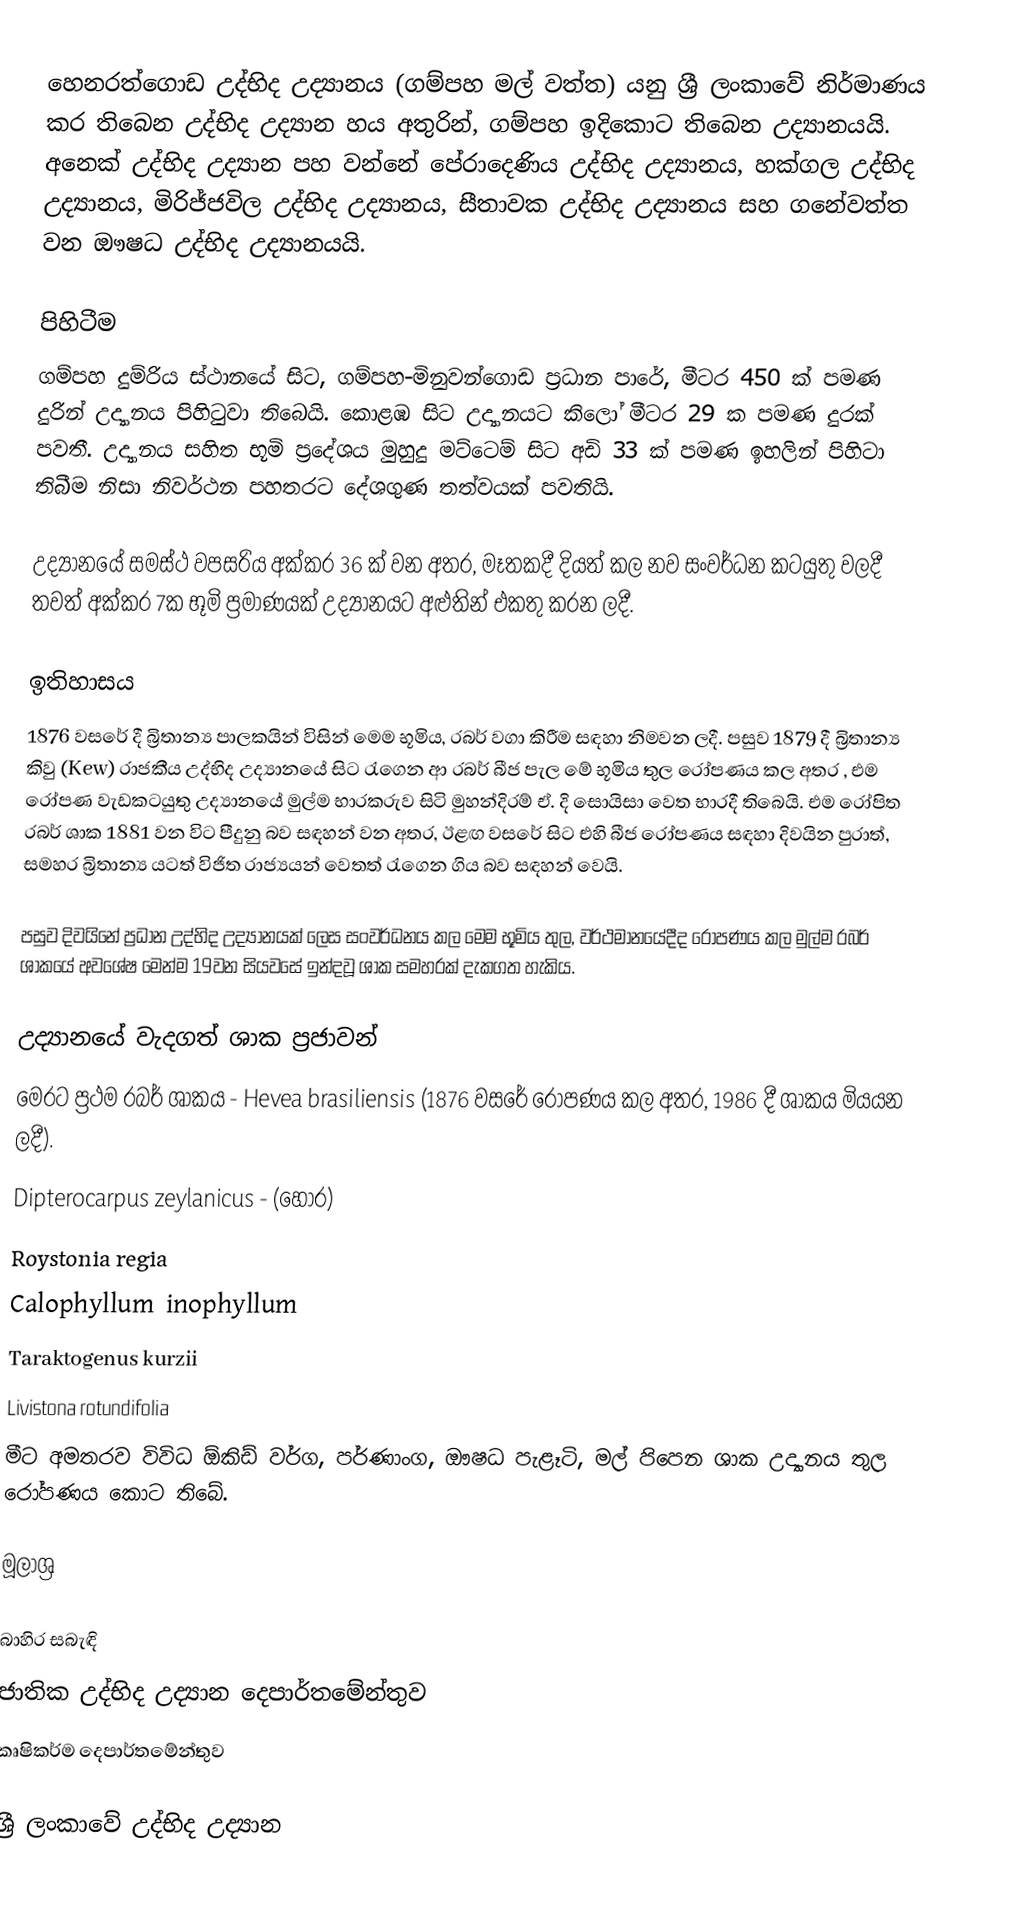
හෙනරත්ගොඩ උද්භිද උද්‍යානය (ගම්පහ මල් වත්ත) යනු ශ්‍රී ලංකාවේ නිර්මාණය කර තිබෙන උද්භිද උද්‍යාන හය අතුරින්, ගම්පහ ඉදිකොට තිබෙන උද්‍යානයයි. අනෙක් උද්භිද උද්‍යාන පහ වන්නේ පේරාදෙණිය උද්භිද උද්‍යානය, හක්ගල උද්භිද උද්‍යානය, මිරිජ්ජවිල උද්භිද උද්‍යානය, සීතාවක උද්භිද උද්‍යානය සහ ගනේවත්ත වන ඖෂධ උද්භිද උද්‍යානයයි.

පිහිටීම
ගම්පහ දුම්රිය ස්ථානයේ සිට, ගම්පහ-මිනුවන්ගොඩ ප්‍රධාන පාරේ, මීටර 450 ක් පමණ දුරින් උද්‍යානය පිහිටුවා තිබෙයි. කොළඹ සිට උද්‍යානයට කිලෝ මීටර 29 ක පමණ දුරක් පවතී. උද්‍යානය සහිත භූමි ප්‍රදේශය මුහුදු මට්ටෙම් සිට අඩි 33 ක් පමණ ඉහලින් පිහිටා තිබීම නිසා නිවර්ථන පහතරට දේශගුණ තත්වයක් පවතියි.

උද්‍යානයේ සමස්ථ වපසරිය අක්කර 36 ක් වන අතර, මෑතකදී දියත් කල නව සංවර්ධන කටයුතු වලදී තවත් අක්කර 7ක භූමි ප්‍රමාණයක් උද්‍යානයට අළුතින් එකතු කරන ලදී.

ඉතිහාසය
1876 වසරේ දී බ්‍රිතාන්‍ය පාලකයින් විසින් මෙම භූමිය, රබර් වගා කිරීම සඳහා නිමවන ලදී. පසුව 1879 දී බ්‍රිතාන්‍ය කිවු (Kew) රාජකීය උද්භිද උද්‍යානයේ සිට රැගෙන ආ රබර් බීජ පැල මේ භූමිය තුල රෝපණය කල අතර , එම රෝපණ වැඩකටයුතු උද්‍යානයේ මුල්ම භාරකරුව සිටි මුහන්දිරම් ඒ. දි සොයිසා වෙත භාරදී තිබෙයි. එම රෝපිත රබර් ශාක 1881 වන විට පීදුනු බව සඳහන් වන අතර, ඊළඟ වසරේ සිට එහි බීජ රෝපණය සඳහා දිවයින පුරාත්, සමහර බ්‍රිතාන්‍ය යටත් විජිත රාජ්‍යයන් වෙතත් රැගෙන ගිය බව සඳහන් වෙයි.

පසුව දිවයිනේ ප්‍රධාන උද්භිද උද්‍යානයක් ලෙස සංවර්ධනය කල මෙම භූමිය තුල, වර්ථමානයේදීද රෝපණය කල මුල්ම රබර් ශාකයේ අවශේෂ මෙන්ම 19වන සියවසේ ඉන්දවූ ශාක සමහරක් දැකගත හැකිය.

උද්‍යානයේ වැදගත් ශාක ප්‍රජාවන්
මෙරට ප්‍රථම රබර් ශාකය - Hevea brasiliensis (1876 වසරේ රෝපණය කල අතර, 1986 දී ශාකය මියයන ලදී).
Dipterocarpus zeylanicus - (හොර)
Roystonia regia
Calophyllum inophyllum
Taraktogenus kurzii
Livistona rotundifolia
මීට අමතරව විවිධ ඕකිඩ් වර්ග, පර්ණාංග, ඖෂධ පැළෑටි, මල් පිපෙන ශාක උද්‍යානය තුල රෝපණය කොට තිබේ.

මූලාශ්‍ර

බාහිර සබැඳි
 ජාතික උද්භිද උද්‍යාන දෙපාර්තමේන්තුව
 කෘෂිකර්ම දෙපාර්තමේන්තුව

ශ්‍රී ලංකාවේ උද්භිද උද්‍යාන